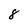
Character: 8